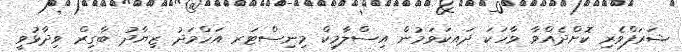
ޝަރަފްވެރި ކޮށްދެއްވާ ވާހަކަ ދައކަވަމުން އިސްލާމިކް މިނިސްޓަރ އަހްމަދު ޒިޔާދު ބާގިރް ވިދާޅުވީ